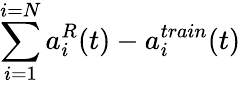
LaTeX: \sum_{i=1}^{i=N}a_{i}^{R}(t)-a_{i}^{train}(t)